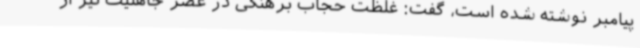
پیامبر نوشته شده است، گفت: غلظت حجاب برهنگی در عصر جاهلیت نیز از